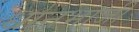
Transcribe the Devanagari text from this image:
धानभाजी